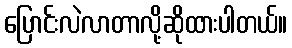
ပြောင်းလဲလာတာလို့ဆိုထားပါတယ်။